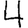
Digit: 4